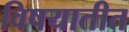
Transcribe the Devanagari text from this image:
विषयातीत